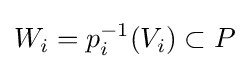
W_{i}=p_{i}^{-1}(V_{i})\subset P